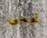
تحمى